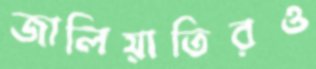
জালিয়াতিরও